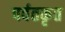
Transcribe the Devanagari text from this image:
पर्वतकृत